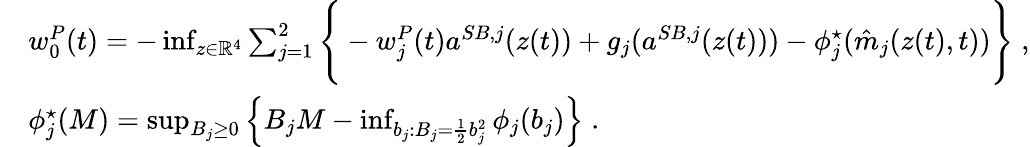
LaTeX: \begin{array}{rl}&{w_{0}^{P}(t)=-\operatorname*{inf}_{z\in\mathbb{R}^{4}}\sum_{j=1}^{2}\Bigg\{ -w_{j}^{P}(t){a}^{SB,j}(z(t))+g_{j}({a}^{SB,j}(z(t)))-\phi_{j}^{\star}(\hat{m}_{j}(z(t),t))\Bigg\} \; ,}\\ &{\phi_{j}^{\star}(M)=\operatorname*{sup}_{B_{j}\geq 0}\left\{ B_{j}M-\operatorname*{inf}_{b_{j}\colon B_{j}=\frac 12b_{j}^{2}}\phi_{j}(b_{j})\right\} \; .}\end{array}